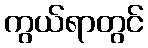
ကွယ်ရာတွင်